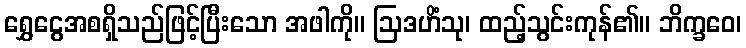
ရွှေငွေအစရှိသည်ဖြင့်ပြီးသော အဖါကို။ ဩဒဟိံသု၊ ထည့်သွင်းကုန်၏။ ဘိက္ခဝေ၊